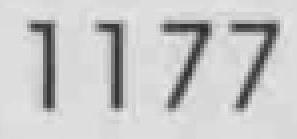
1177